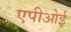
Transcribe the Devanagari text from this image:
एपीओई